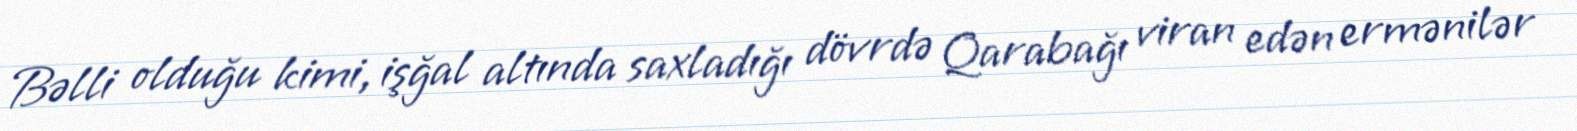
Bəlli olduğu kimi, işğal altında saxladığı dövrdə Qarabağı viran edən ermənilər